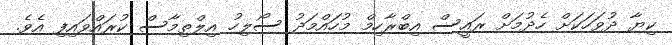
ކިޔާ ދުވަހަކަށް ހެދުމަށް ރައީސް އިބްރާހިމް މުހައްމަދު ސޯލިހު އިލްތިމާސް ކުރައްވައިފި އެވެ.